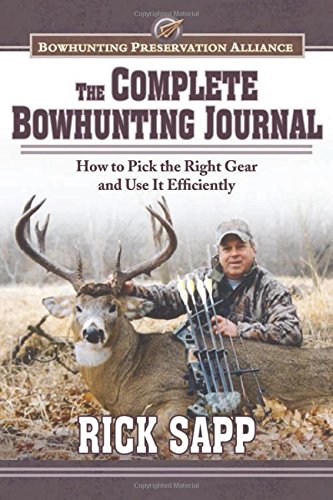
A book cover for The Complete Bowhunting Journal: Gear and Tactics to Help You Get a Trophy This Season; Rick Sapp; Sports & Outdoors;